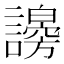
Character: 𧭇